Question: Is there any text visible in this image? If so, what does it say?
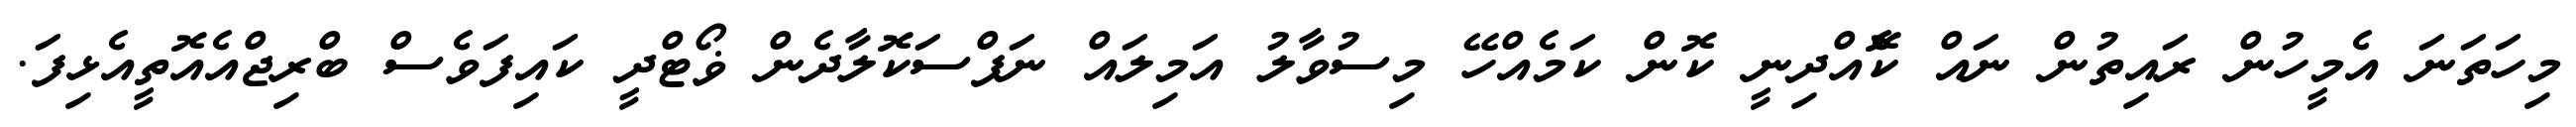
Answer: މިހަތަނަ އެމީހުން ރައިތުން ނައް ކޮެއްދިނީ ކޮން ކަމެއްހޭ މިސުވާލު އަމިލައް ނަފްސަކޮލާދެން ޥޯޓްދީ ކައިފަވެސް ބްރިޖްއެއޮތީއެޅިފަ.